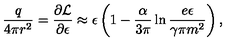
\frac { q } { 4 \pi r ^ { 2 } } = \frac { \partial { \cal L } } { \partial \epsilon } \approx \epsilon \left( 1 - \frac { \alpha } { 3 \pi } \ln \frac { e \epsilon } { \gamma \pi m ^ { 2 } } \right) ,